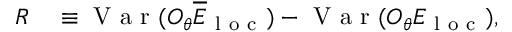
\begin{array} { r l } { R } & { { } \equiv \mathrm { ~ V ~ a ~ r ~ } ( O _ { \theta } \overline { { E } } _ { \mathrm { ~ l ~ o ~ c ~ } } ) - \mathrm { ~ V ~ a ~ r ~ } ( O _ { \theta } E _ { \mathrm { ~ l ~ o ~ c ~ } } ) , } \end{array}